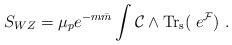
LaTeX: \begin{align*}S_{WZ}={\mu_p e^{-m{\bar m}}}\int {\cal C} \wedge {\rm Tr_s}(\;e^{{\cal F}}) \ .\end{align*}